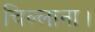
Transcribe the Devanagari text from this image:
चिल्लाना।